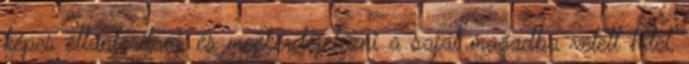
képes eltántorítani, és megkérdőjelezni a saját magadba vetett hitet,